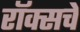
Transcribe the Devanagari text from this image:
रॉक्सचे